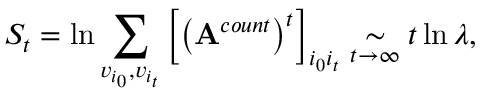
S _ { t } = \ln \sum _ { v _ { i _ { 0 } } , v _ { i _ { t } } } \left[ \left( \mathbf { A } ^ { c o u n t } \right) ^ { t } \right] _ { i _ { 0 } i _ { t } } \underset { t \rightarrow \infty } { \sim } t \ln \lambda ,